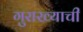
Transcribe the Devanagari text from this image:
गुराख्याची